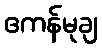
ဧကန်မုချ